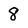
Character: 8